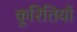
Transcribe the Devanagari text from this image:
कूरितियों